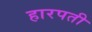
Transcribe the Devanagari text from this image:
हारपती